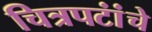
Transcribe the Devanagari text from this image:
चित्रपटांंचे